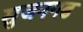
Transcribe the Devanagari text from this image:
सुजनगढ